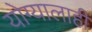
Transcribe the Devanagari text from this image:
योग्यालाही